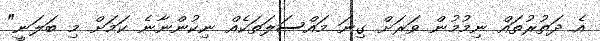
އެ ދަތުރުތައް ނިމުމުން ވަރަށް ގިނަ މައްސަލަތަކެއް ނިކުންނާނެ ކަމަށް މި ބަލަނީ"